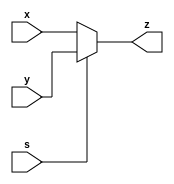
module mux12(input wire [11:0] x, y,
input wire s,
output wire [11:0] z);

assign z = s ? y : x; // s=1,z<-y; s=0,z<-x
endmodule